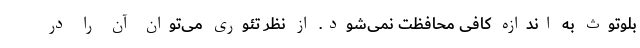
بلوتوث به اندازه کافی محافظت نمی‌شود. از نظر تئوری می‌توان آن را در